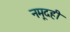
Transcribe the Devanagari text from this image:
नमूदही